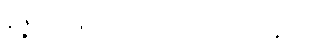
နိဇ္ဇိရဝတ္ထူနိ၊ တို့ကို။ ဝုတ္တာနိ၊ ကုန်၏။